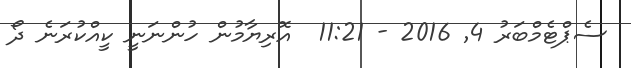
ސެޕްޓެމްބަރު 4